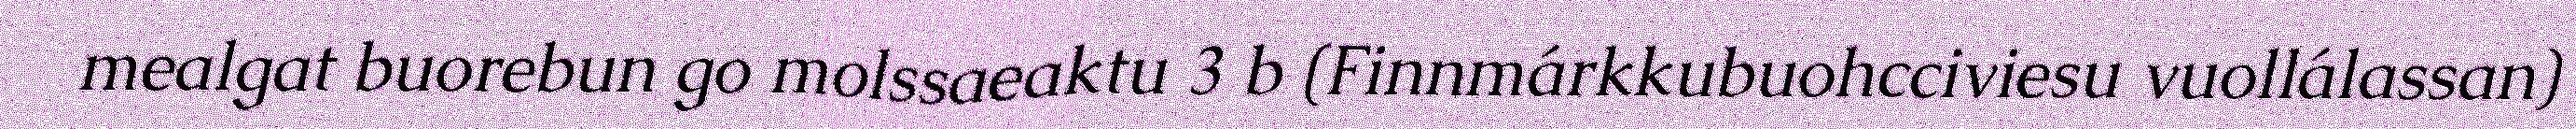
mealgat buorebun go molssaeaktu 3 b (Finnmárkkubuohcciviesu vuollálassan)